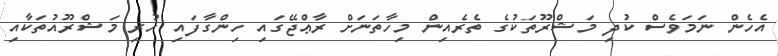
އެހެން ނަމަވެސް ކުދި މަޝްރޫތަކުގެ ތެރެއިން މިހާތަނަށް ރާޢްޖޭގައި ހިންގާފައި ހުރި މަޝްރޫއުތަކާއި